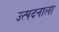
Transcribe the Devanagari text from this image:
उत्पदनाला